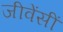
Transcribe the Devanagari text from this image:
जीवेंसीं